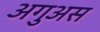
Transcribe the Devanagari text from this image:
अगुअस